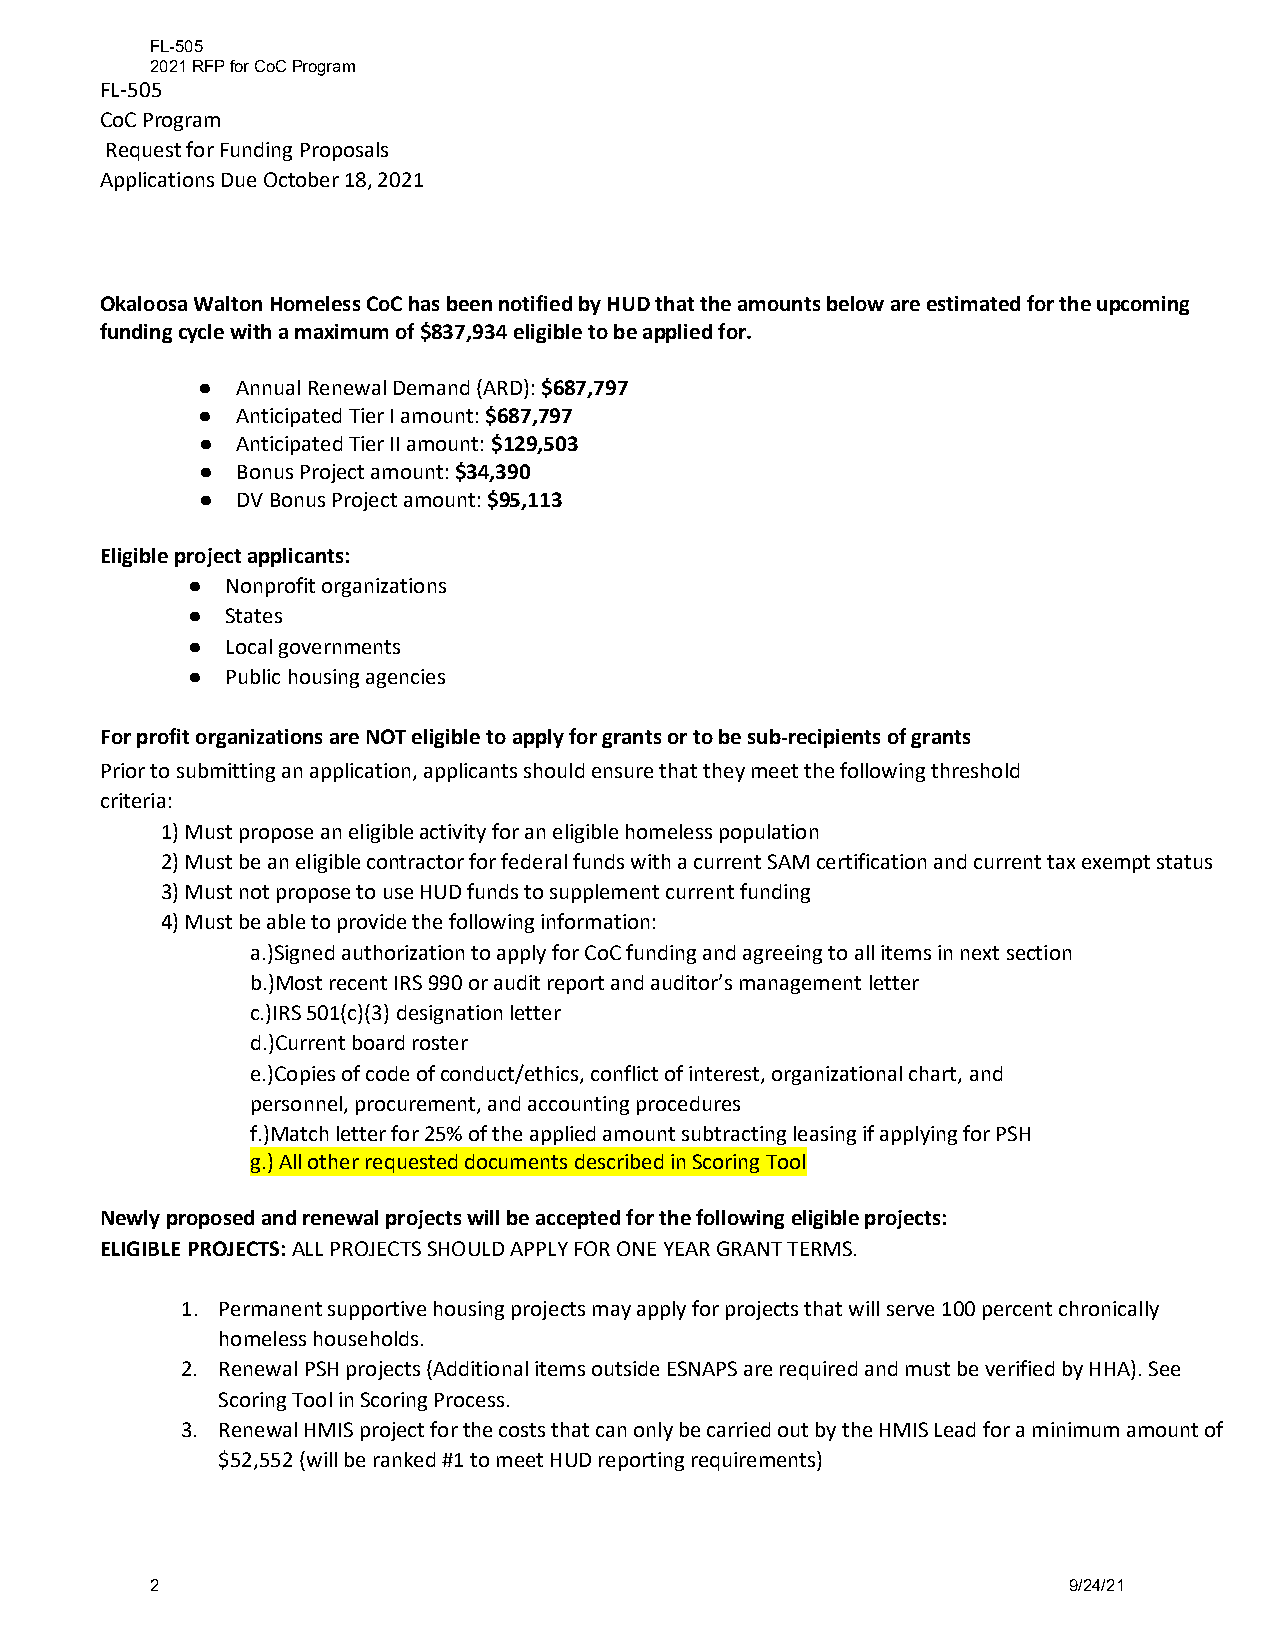
FL-505
 2021 RFP for CoC Program
 FL-505
 CoC Program
 Request for Funding Proposals
 Applications Due October 18, 2021
 Okaloosa Walton Homeless CoC has been notified by HUD that the amounts below are estimated for the upcoming
 funding cycle with a maximum of $837,934 eligible to be applied for.
 ●  Annual Renewal Demand (ARD): $687,797
 ●  Anticipated Tier I amount: $687,797
 ●  Anticipated Tier II amount: $129,503
 ●  Bonus Project amount: $34,390
 ●  DV Bonus Project amount: $95,113
 Eligible project applicants:
 ●  Nonprofit organizations
 ●  States
 ●  Local governments
 ●  Public housing agencies
 For profit organizations are NOT eligible to apply for grants or to be sub-recipients of grants
 Prior to submitting an application, applicants should ensure that they meet the following threshold
 criteria:
 1)Must propose an eligible activity for an eligible homeless population
 2)Must be an eligible contractor for federal funds with a current SAM certification and current tax exempt status
 3)Must not propose to use HUD funds to supplement current funding
 4)Must be able to provide the following information:
 a.)Signed authorization to apply for CoC funding and agreeing to all items in next section
 b.)Most recent IRS 990 or audit report and auditor’s management letter
 c.)IRS 501(c)(3) designation letter
 d.)Current board roster
 e.)Copies of code of conduct/ethics, conflict of interest, organizational chart, and
 personnel, procurement, and accounting procedures
 f.)Match letter for 25% of the applied amount subtracting leasing if applying for PSH
 g.) All other requested documents described in Scoring Tool
 Newly proposed and renewal projects will be accepted for the following eligible projects:
 ELIGIBLE PROJECTS: ALL PROJECTS SHOULD APPLY FOR ONE YEAR GRANT TERMS.
 1. Permanent supportive housing projects may apply for projects that will serve 100 percent chronically
 homeless households.
 2. Renewal PSH projects (Additional items outside ESNAPS are required and must be verified by HHA). See
 Scoring Tool in Scoring Process.
 3. Renewal HMIS project for the costs that can only be carried out by the HMIS Lead for a minimum amount of
 $52,552 (will be ranked #1 to meet HUD reporting requirements)
 2                                                            9/24/21